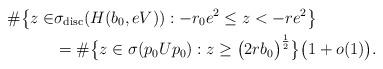
LaTeX: \begin{align*}\# \big\lbrace z \in & \sigma_{\mathrm{disc}} ( H(b_0,e V)) : -r_0 e^2 \leq z < -r e^2 \big\rbrace \\&= \# \big\lbrace z \in \sigma( p_{0}Up_{0}) : z \geq \big( 2 r b_0 \big)^\frac{1}{2} \big\rbrace \big( 1 + o(1) \big).\end{align*}